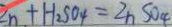
Z n + H _ { 2 } S O _ { 4 } = Z n S O _ { 4 }